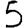
Digit: 5